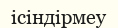
ісіндірмеу